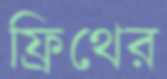
ফ্রিথের